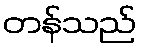
တန်သည်